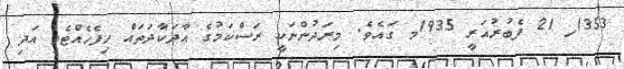
1353ހ 21 ފެބުރުއަރީ 1935މ ގައެވެ. މިރަދުންނަކީ ރަސްކަމުގެ އާދަކާދަތައް ހިފެހެއްޓެވި އަދި